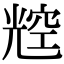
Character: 䆪